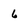
Character: 6